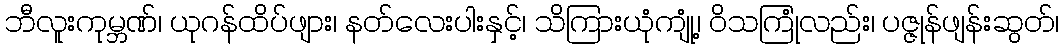
ဘီလူးကုမ္ဘဏ်၊ ယုဂန်ထိပ်ဖျား၊ နတ်လေးပါးနှင့်၊ သိကြားယုံကျုံ့၊ ဝိသကြုံလည်း၊ ပဇ္ဇုန်ဖျန်းဆွတ်၊